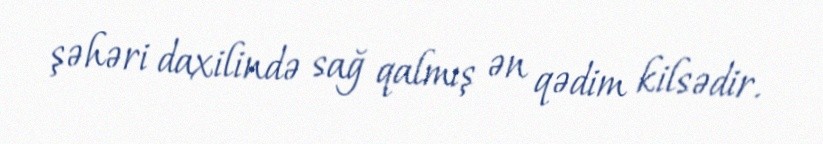
şəhəri daxilində sağ qalmış ən qədim kilsədir.